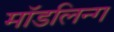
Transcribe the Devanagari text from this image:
मॉडलिन्ग